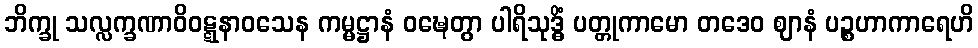
ဘိက္ခု သလ္လက္ခဏာဝိဝဋ္ဋနာဝသေန ကမ္မဋ္ဌာနံ ဝဍ္ဎေတွာ ပါရိသုဒ္ဓိံ ပတ္တုကာမော တဒေဝ ဈာနံ ပဉ္စဟာကာရေဟိ